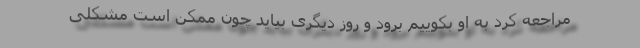
مراجعه کرد به او بکوییم برود و روز دیگری بیاید چون ممکن است مشکلی